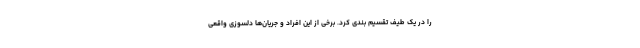
را در یک طیف تقسیم بندی کرد. برخی از این افراد و جریان‌ها دلسوزی واقعی